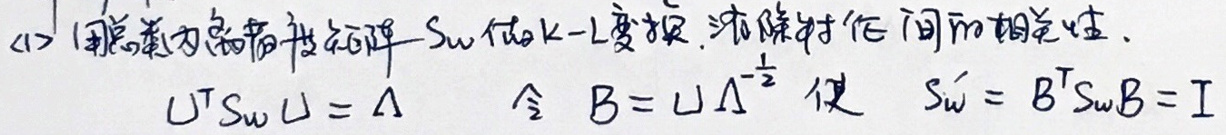
(1) 用奇异值分解将协方差矩阵\(S_{w}\)作\(k-L\)度变换，使其对任何时间\(m\)相关联，

\(U^{T}S_{w}U=\Lambda\) 令 \(B=U\Lambda^{-\frac{1}{2}}\) 使 \(S_{w}'=B^{T}S_{w}B=I\)